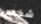
شخص